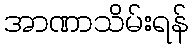
အာဏာသိမ်းရန်